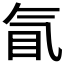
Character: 𰚿